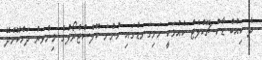
ދެ ކިއުބް ޑާކް ޗޮކްލެޓް ކެއުމަކީ ހަށިގަނޑުގައި ހުންނަ ކޮލެސްޓްރޯލްގެ މިންވަރު ދަށްކޮށްދޭ